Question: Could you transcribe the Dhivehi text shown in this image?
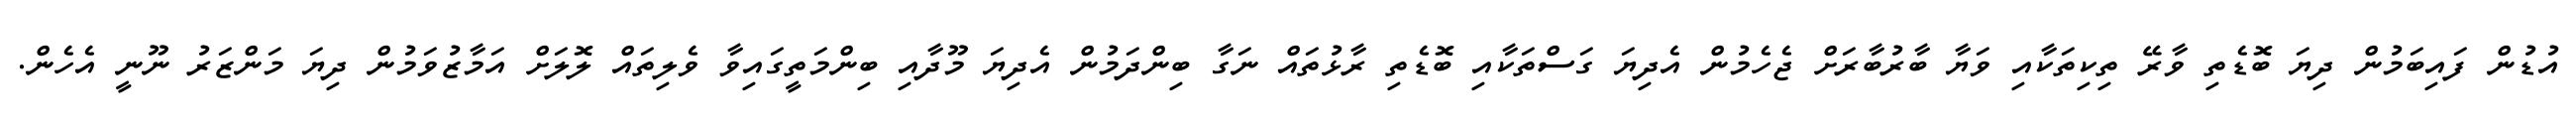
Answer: އުޑުން ފައިބަމުން ދިޔަ ބޮޑެތި ވާރޭ ތިކިތަކާއި ވަޔާ ބާރުބާރަށް ޖެހެމުން އެދިޔަ ގަސްތަކާއި ބޮޑެތި ރާޅުތައް ނަގާ ބިންދަމުން އެދިޔަ މޫދާއި ބިންމަތީގައިވާ ވެލިތައް ލޮލަށް އަމާޒުވަމުން ދިޔަ މަންޒަރު ނޫނީ އެހެން.